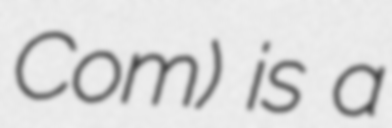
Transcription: Com) is a